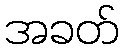
အခတ်